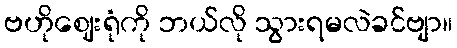
ဗဟိုဈေးရုံကို ဘယ်လို သွားရမလဲခင်ဗျာ။